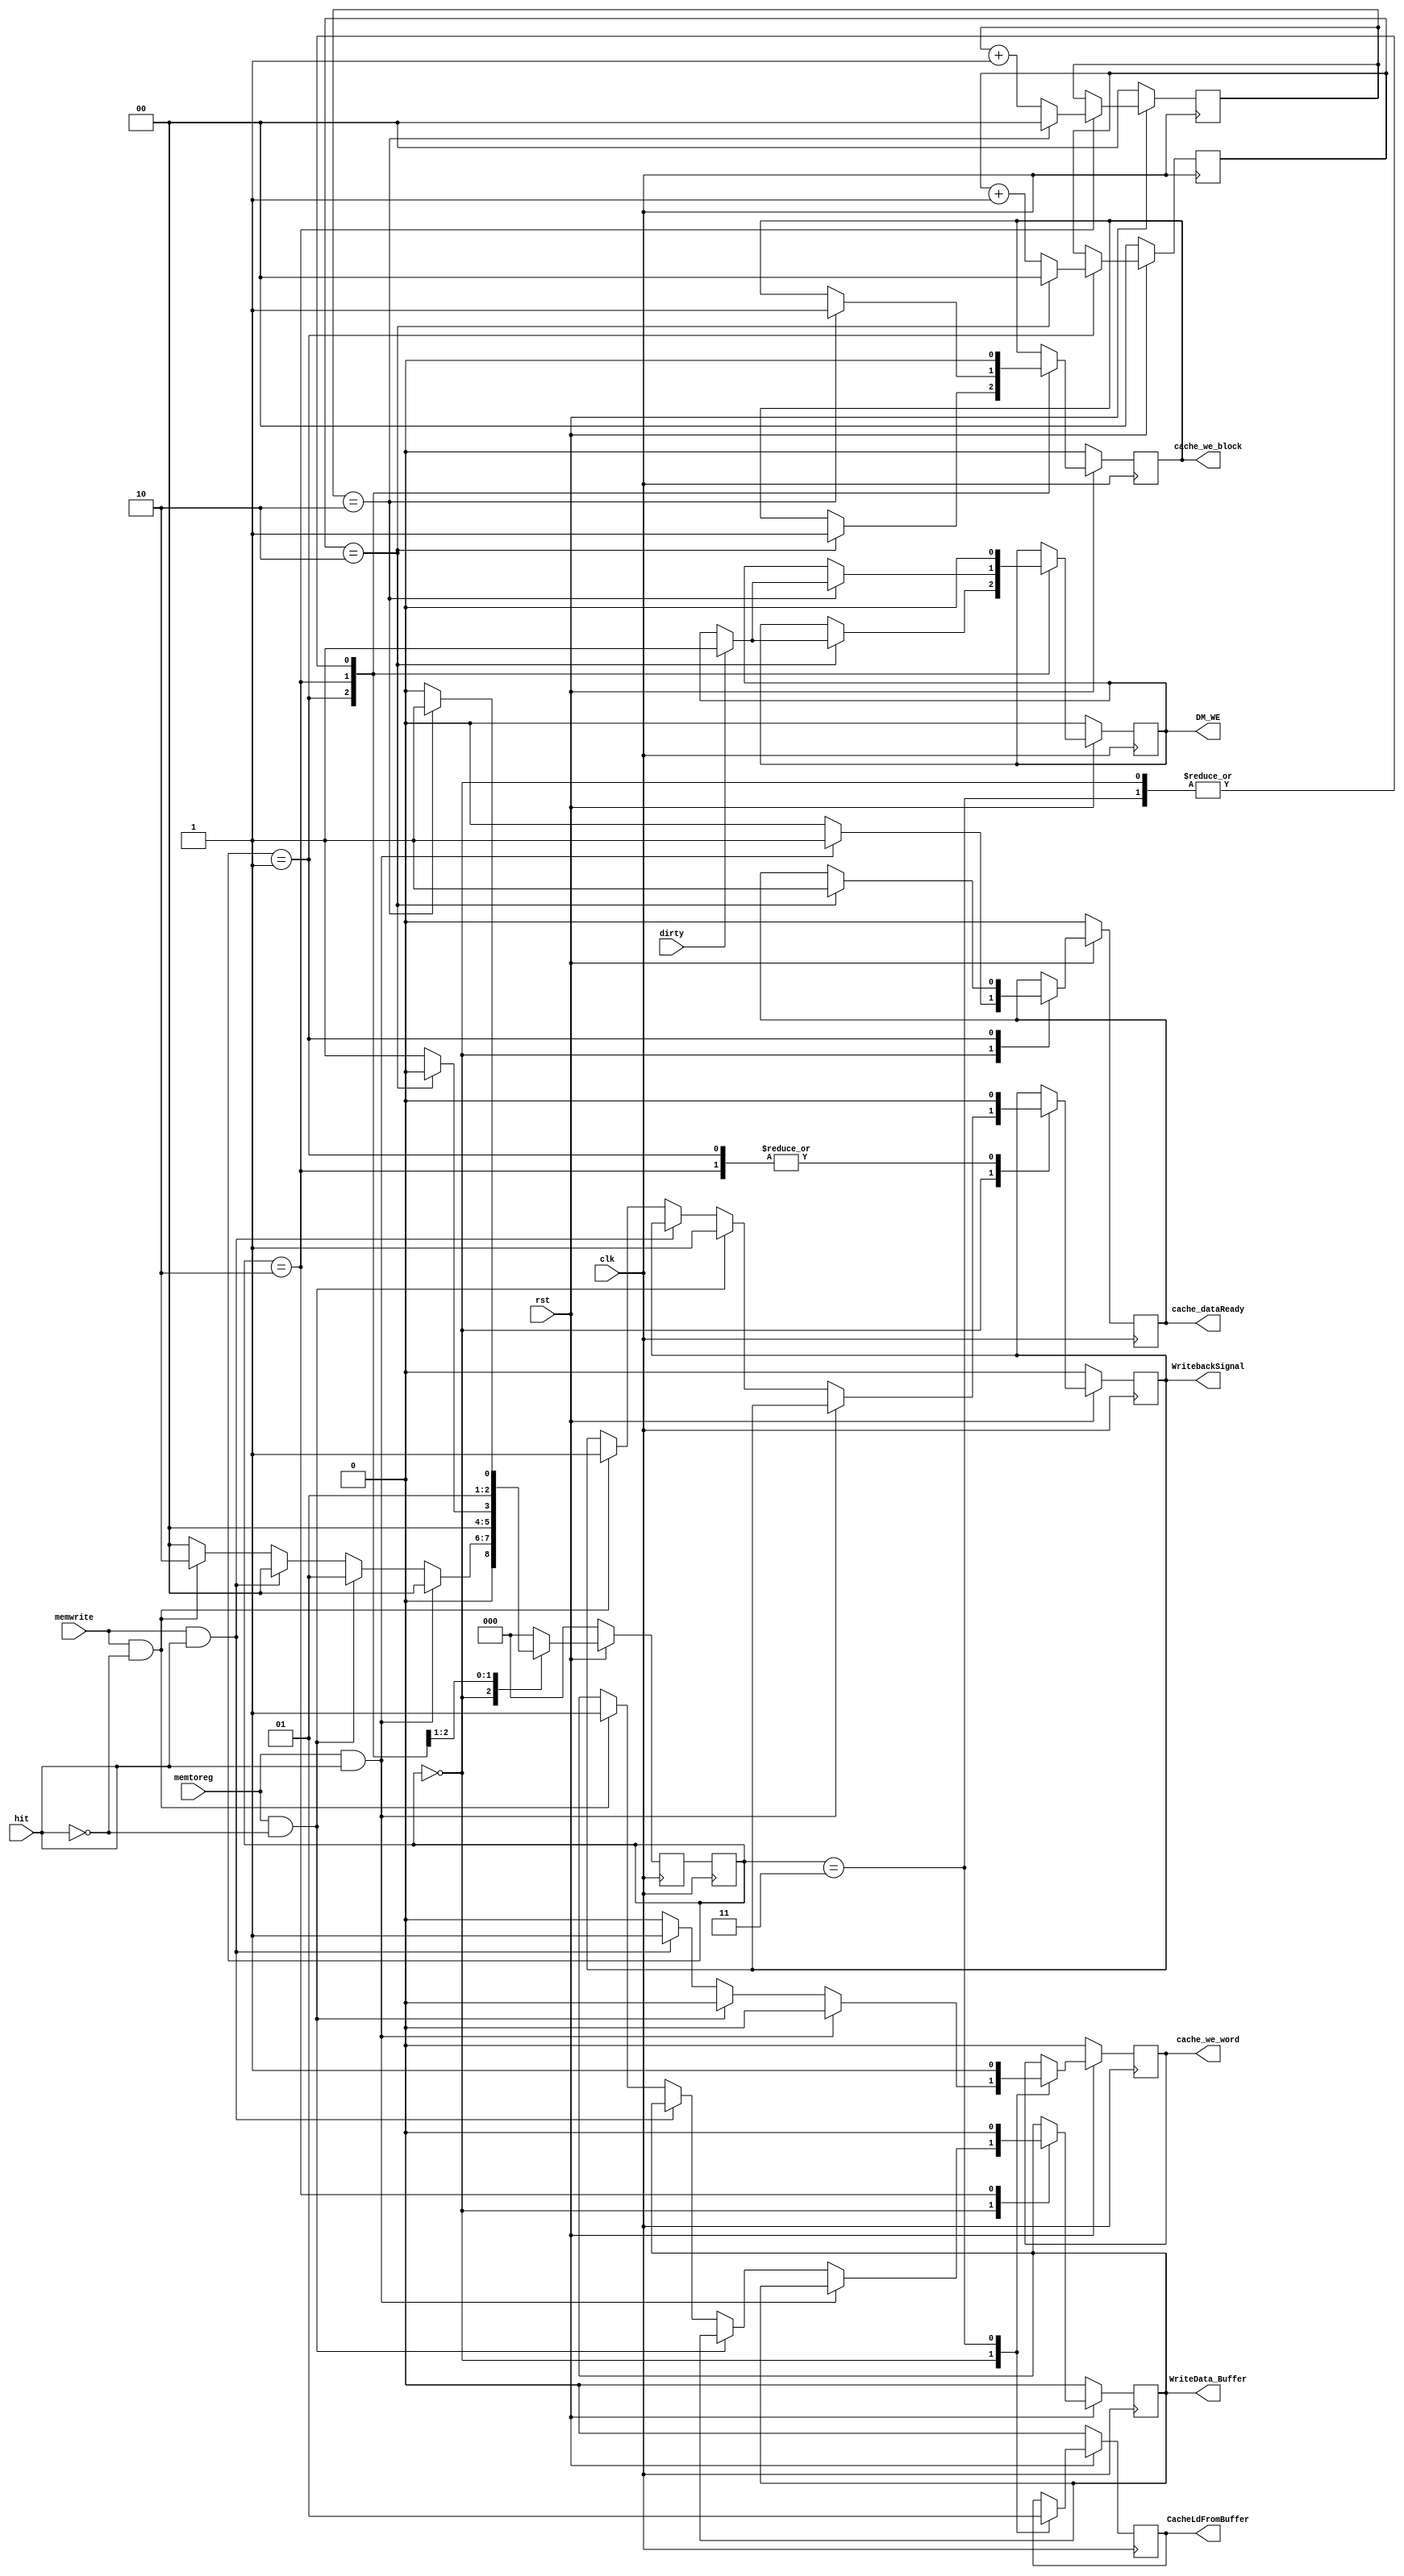
module cache_controller(clk,rst,hit,dirty,memtoreg,memwrite,DM_WE,cache_we_word,cache_we_block,WriteData_Buffer,WritebackSignal,CacheLdFromBuffer,cache_dataReady);
	
	input clk , hit , dirty , rst , memtoreg , memwrite;
	output reg DM_WE,cache_we_word,WriteData_Buffer,WritebackSignal,cache_we_block,CacheLdFromBuffer,cache_dataReady;
	
	parameter IDLE = 3'd0, READLOST = 3'd1, WRITELOST = 3'd2, WRITEAFTELLOST = 3'd3, READ = 3'd4;
	
	reg [2:0] ps,ns;
	reg [1:0]counter2bR,counter2bW;
	
	always@(posedge clk)
		ps <= ns;
	
	always@(negedge clk)begin
		if(~rst)begin
			ns <= IDLE;
			counter2bR <= 2'b00;
			counter2bW <= 2'b00;
			DM_WE <= 1'b0;
			cache_we_word <= 1'b0;
			WritebackSignal <= 1'b0;
			WriteData_Buffer <= 1'b0;
			cache_we_block <= 1'b0;
			CacheLdFromBuffer <= 1'b0;
			cache_dataReady <= 1'b0;
		end
		else begin
			case(ps)
				IDLE:begin
					cache_we_block <= 1'b0;
					CacheLdFromBuffer <= 1'b0;
					DM_WE <= 1'b0;
					cache_we_word <= 1'b0;
					cache_dataReady <= 1'b0;
					if(memtoreg & hit)begin					
						cache_dataReady <= 1'b1;
						ns <= IDLE;
					end
					else if(memtoreg & ~hit)begin
						WritebackSignal = 1'b1;
						ns <= READLOST;
					end
					else if(memwrite & hit)begin
						cache_we_word <= 1'b1;
						ns <= IDLE;
					end
					else if(memwrite & ~hit)begin
						ns <= WRITELOST;
						WriteData_Buffer <= 1'b1;
						WritebackSignal <= 1'b1;
					end
					else
						ns <= IDLE;
				end
				// READ:begin
					// cache_dataReady <= 1'b1;
					// ns <= IDLE;
				// end
				READLOST:begin
					WritebackSignal = 1'b0;
					if(counter2bR == 2'd2)begin
						counter2bR <= 2'd0;
						cache_we_block <= 1'b1;
						cache_dataReady <= 1'b1;
						if(dirty)
							DM_WE <= 1'b1;
						ns <= IDLE;
					end
					else begin
						counter2bR <= counter2bR + 2'd1;
						ns <= READLOST;
					end
				end
				WRITELOST:begin
					WritebackSignal = 1'b0;
					WriteData_Buffer <= 1'b0;
					if(counter2bW == 2'd2)begin
						counter2bW <= 2'd0;
						cache_we_block <= 1'b1;
						if(dirty)
							DM_WE <= 1'b1;
						ns <= WRITEAFTELLOST;
					end
					else begin
						counter2bW <= counter2bW + 2'd1;
						ns <= WRITELOST;
					end
				end
				WRITEAFTELLOST:begin
					cache_we_block <= 1'b0;
					DM_WE <= 1'b0;
					cache_we_word <= 1'b1;
					CacheLdFromBuffer <= 1'b1;
					ns <= IDLE;
				end
				default:begin
					ns <= IDLE;
				end
			endcase
		end
	end
endmodule